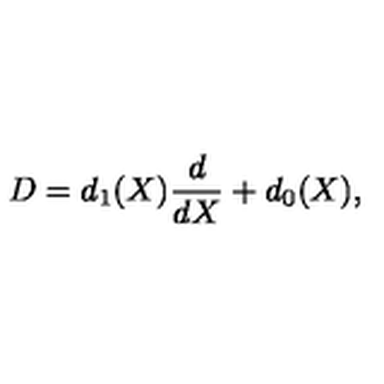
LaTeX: D = d _ { 1 } ( X ) \frac { d } { d X } + d _ { 0 } ( X ) ,